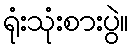
ရုံးသုံးစားပွဲ။